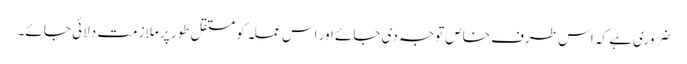
ضروری ہے کہ اس طرف خاص توجہ دی جائے اور اس عملہ کو مستقل طور پر ملازمت دلائی جا ئے۔